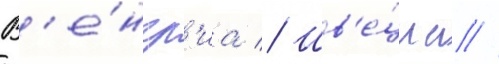
В'е́нгр'иа // Шв'е́циа //